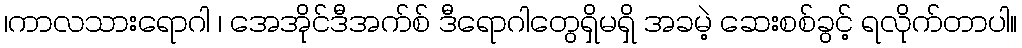
၊ကာလသားရောဂါ ၊ အေအိုင်ဒီအက်စ် ဒီရောဂါတွေရှိမရှိ အခမဲ့ ဆေးစစ်ခွင့် ရလိုက်တာပါ။